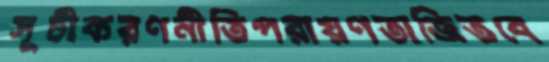
সূচীকরণনীতিপরায়ণতাজিতবে